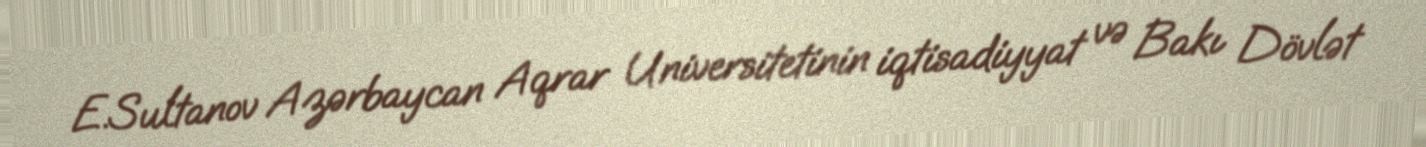
E.Sultanov Azərbaycan Aqrar Universitetinin iqtisadiyyat və Bakı Dövlət